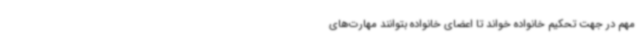
مهم در جهت تحکیم خانواده خواند تا اعضای خانواده بتوانند مهارت‌های